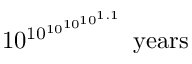
1 0 ^ { 1 0 ^ { 1 0 ^ { 1 0 ^ { 1 0 ^ { 1 . 1 } } } } } { \mathrm { ~ y e a r s } }